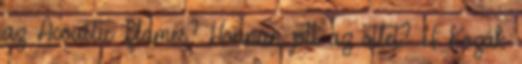
az Acoustic Flames? Honnan jött az ötlet? H: Kozák